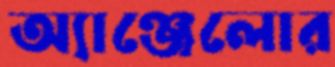
অ্যাঞ্জেলোর